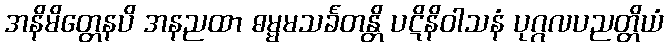
အနိမိတ္တေနပိ အနညထာ ဓမ္မမသင်္ခတန္တိ ပဋိနိဝါသနံ ပုဂ္ဂလပညတ္တိယံ